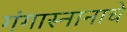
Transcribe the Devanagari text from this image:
गंगास्नानाचे